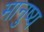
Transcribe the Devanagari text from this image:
मानुष्य